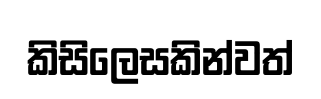
කිසිලෙසකින්වත්